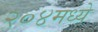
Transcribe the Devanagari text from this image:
२०४मध्ये